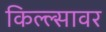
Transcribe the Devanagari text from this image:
किल्ल्सावर